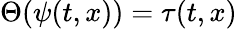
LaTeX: \Theta(\psi(t,x))=\tau(t,x)